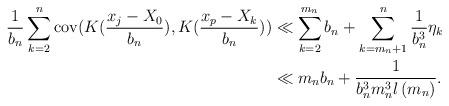
LaTeX: \begin{align*}\frac{1}{b_{n}}\sum_{k=2}^{n}\mathrm{cov}(K(\frac{x_{j}-X_{0}}{b_{n}}),K(\frac{x_{p}-X_{k}}{b_{n}})) & \ll\sum_{k=2}^{m_{n}}b_{n}+\sum_{k=m_{n}+1}^{n}\frac{1}{b_{n}^{3}}\eta_{k}\\& \ll m_{n}b_{n}+\frac{1}{b_{n}^{3}m_{n}^{3}l\left( m_{n}\right) }.\end{align*}